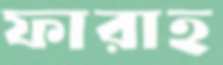
ফারাহ